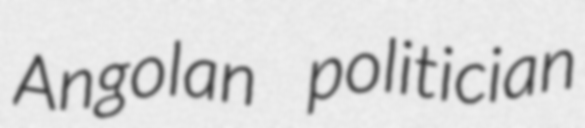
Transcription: Angolan politician